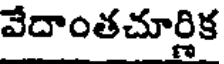
వేదాంతచూర్లిక